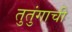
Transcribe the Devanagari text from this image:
तुतुंगाची